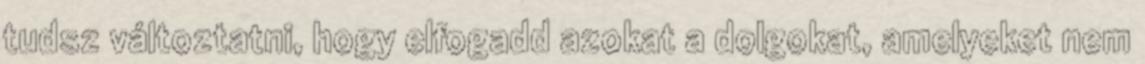
tudsz változtatni, hogy elfogadd azokat a dolgokat, amelyeket nem